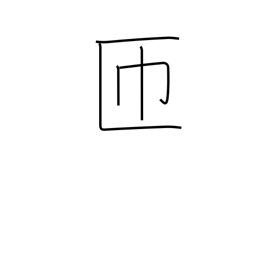
Meaning: go around